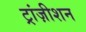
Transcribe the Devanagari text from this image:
ट्रांज़ीशन